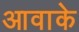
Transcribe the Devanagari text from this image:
आवाके